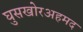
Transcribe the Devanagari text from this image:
घुसखोरअहमद